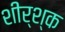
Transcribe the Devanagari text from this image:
शीर्श्क